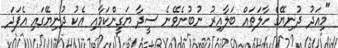
"މިއަދު ދުނިޔޭގެ ހާލަތައް ބަލާއިރު ނުބުނެވޭނެ ސީދާ ޔަގީންކަމާއި އެކު ދުނިޔޭގައި އެފަދަ